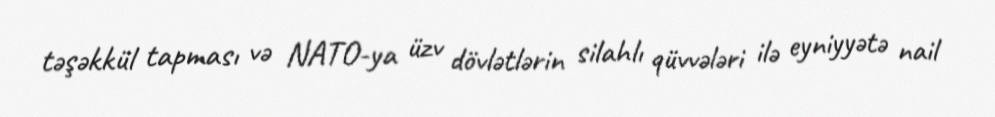
təşəkkül tapması və NATO-ya üzv dövlətlərin silahlı qüvvələri ilə eyniyyətə nail